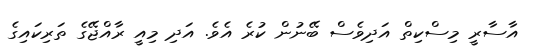
އާސާރީ މިސްކިތް އަދިވެސް ބޭނުން ކުރެ އެވެ. އަދި މިއީ ރާއްޖޭގެ ތަރިކައިގެ